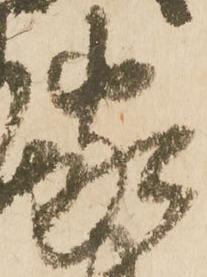
家